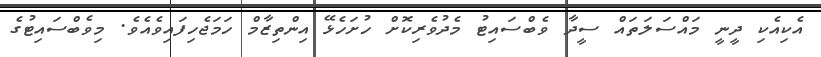
އެކިއެކި ދީނީ މައްސަލަތައް ސީދާ ވެބްސައިޓު މެދުވެރިކޮށް ހުށަހެޅޭ އިންތިޒާމް ހަމަޖެހިފައިވެއެވެ. މިވެބްސައިޓުގެ